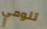
تلومي